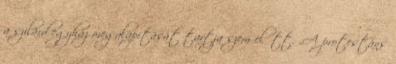
a szilárd egyház megalapítását tartja szem előtt. „A protestáns